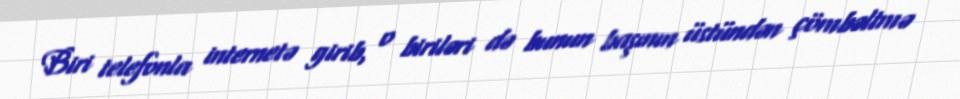
Biri telefonla internetə girib, o biriləri də bunun başının üstündən çömbəltmə